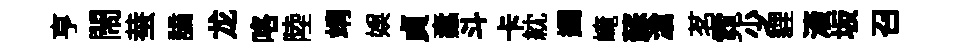
亨閙蛬謫龙咯陸靖娱貞蠧斗卡紞蠲崦蘇滄茗霓少貍滚坂召